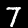
Digit: 7